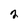
Character: 2